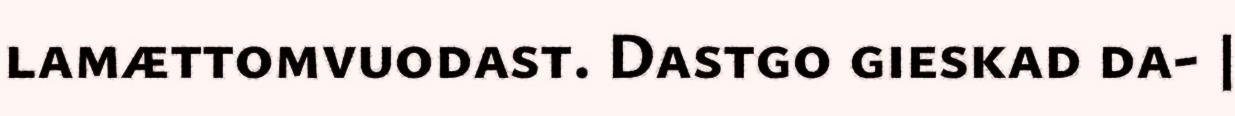
lamættomvuodast. Dastgo gieskad da- |